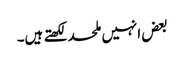
بعض انہیں ملحد لکھتے ہیں۔